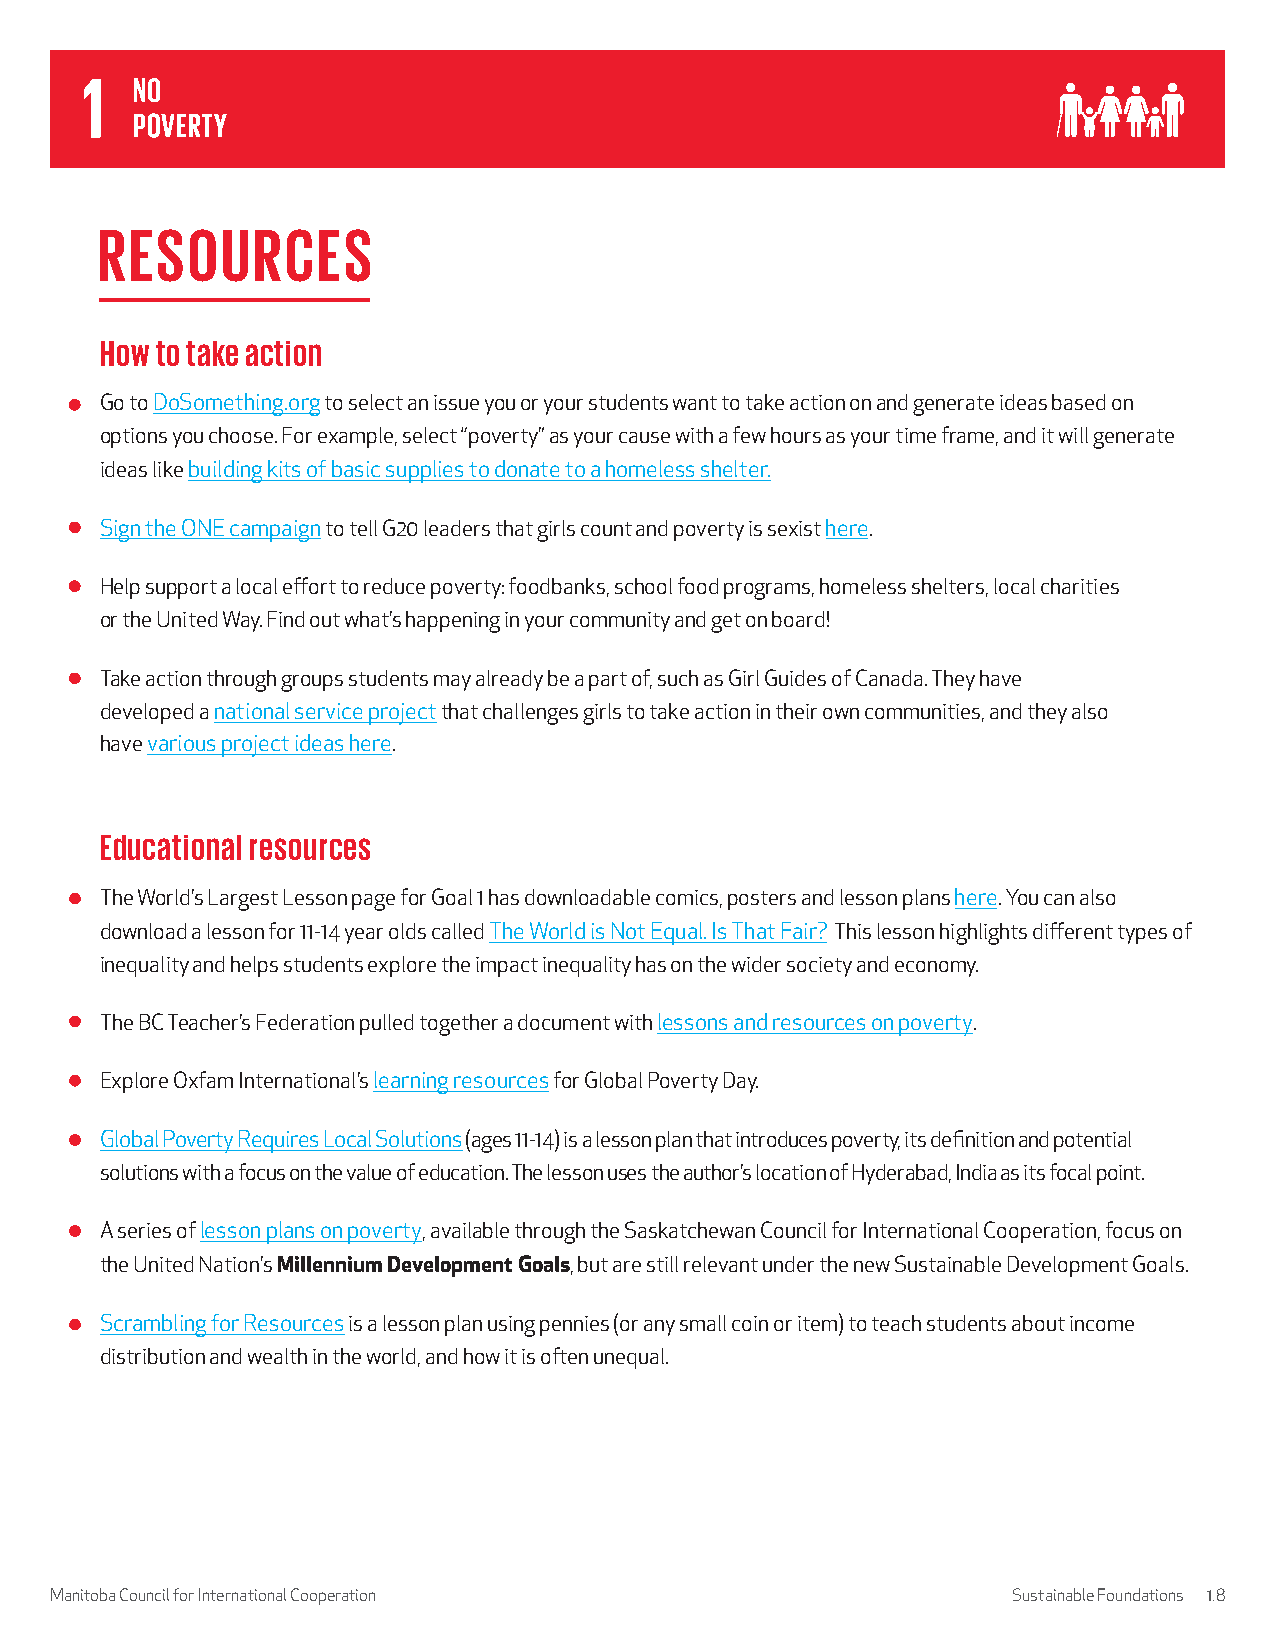
RESOURCES
 How to take action
 Go to DoSomething.org to select an issue you or your students want to take action on and generate ideas based on
 options you choose. For example, select “poverty” as your cause with a few hours as your time frame, and it will generate
 ideas like building kits of basic supplies to donate to a homeless shelter.
 Sign the ONE campaign to tell G20 leaders that girls count and poverty is sexist here.
 Help support a local effort to reduce poverty: foodbanks, school food programs, homeless shelters, local charities
 or the United Way. Find out what’s happening in your community and get on board!
 Take action through groups students may already be a part of, such as Girl Guides of Canada. They have
 developed a national service project that challenges girls to take action in their own communities, and they also
 have various project ideas here.
 Educational resources
 The World’s Largest Lesson page for Goal 1 has downloadable comics, posters and lesson plans here. You can also
 download a lesson for 11-14 year olds called The World is Not Equal. Is That Fair? This lesson highlights different types of
 inequality and helps students explore the impact inequality has on the wider society and economy.
 The BC Teacher’s Federation pulled together a document with lessons and resources on poverty.
 Explore Oxfam International’s learning resources for Global Poverty Day.
 Global Poverty Requires Local Solutions (ages 11-14) is a lesson plan that introduces poverty, its definition and potential
 solutions with a focus on the value of education. The lesson uses the author’s location of Hyderabad, India as its focal point.
 A series of lesson plans on poverty, available through the Saskatchewan Council for International Cooperation, focus on
 the United Nation’s Millennium Development Goals, but are still relevant under the new Sustainable Development Goals.
 Scrambling for Resources is a lesson plan using pennies (or any small coin or item) to teach students about income
 distribution and wealth in the world, and how it is often unequal.
 Manitoba Council for International Cooperation                  Sustainable Foundations 1.8